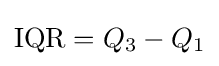
{\textstyle {\textrm {IQR}}=Q_{3}-Q_{1}}